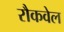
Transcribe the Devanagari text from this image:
रौकवेल